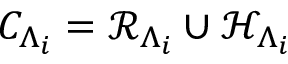
C _ { \Lambda _ { i } } = \mathcal { R } _ { \Lambda _ { i } } \cup \mathcal { H } _ { \Lambda _ { i } }